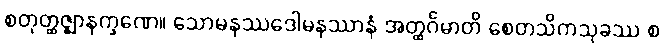
စတုတ္ထဇ္ဈာနက္ခဏေ။ သောမနဿဒေါမနဿာနံ အတ္ထင်္ဂမာတိ စေတသိကသုခဿ စ